Indian journal of veterinary science and animal husbandry - Volumes 26-27, 1956-1957
Year: 1956
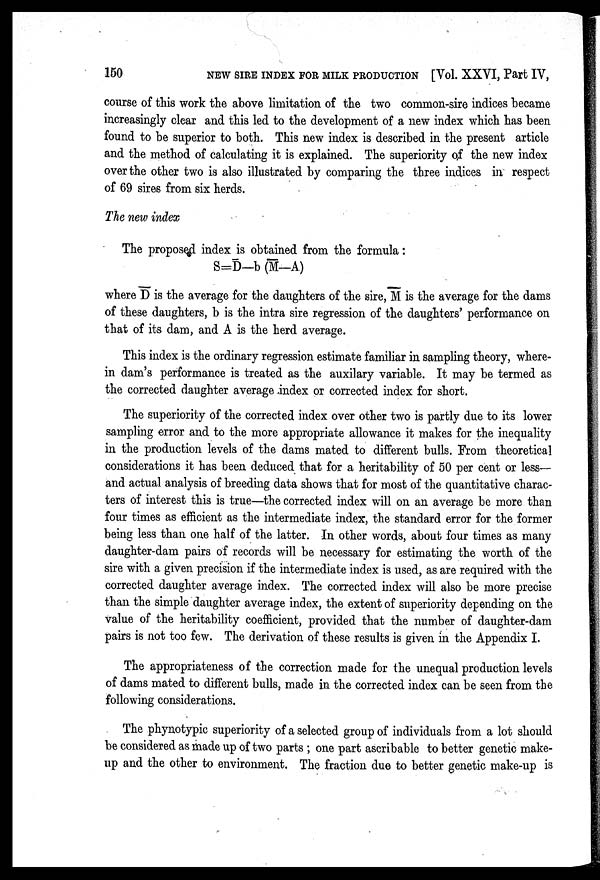
150 NEW SIRE INDEX FOR MILK PRODUCTION [Vol. XXVI, Part IV,
course of this work the above limitation of the two common-sire indices became
increasingly clear and this led to the development of a new index which has been
found to be superior to both. This new index is described in the present article
and the method of calculating it is explained. The superiority of the new index
over the other two is also illustrated by comparing the three indices in respect
of 69 sires from six herds.
The new index
The proposed index is obtained from the formula:
S=D—b (M—A)
where D is the average for the daughters of the sire, M is the average for the dams
of these daughters, b is the intra sire regression of the daughters' performance on
that of its dam, and A is the herd average.
This index is the ordinary regression estimate familiar in sampling theory, where-
in dam's performance is treated as the auxilary variable. It may be termed as
the corrected daughter average index or corrected index for short.
The superiority of the corrected index over other two is partly due to its lower
sampling error and to the more appropriate allowance it makes for the inequality
in the production levels of the dams mated to different bulls. From theoretical
considerations it has been deduced that for a heritability of 50 per cent or less—
and actual analysis of breeding data shows that for most of the quantitative charac-
ters of interest this is true—the corrected index will on an average be more than
four times as efficient as the intermediate index, the standard error for the former
being less than one half of the latter. In other words, about four times as many
daughter-dam pairs of records will be necessary for estimating the worth of the
sire with a given precision if the intermediate index is used, as are required with the
corrected daughter average index. The corrected index will also be more precise
than the simple daughter average index, the extent of superiority depending on the
value of the heritability coefficient, provided that the number of daughter-dam
pairs is not too few. The derivation of these results is given in the Appendix I.
The appropriateness of the correction made for the unequal production levels
of dams mated to different bulls, made in the corrected index can be seen from the
following considerations.
The phynotypic superiority of a selected group of individuals from a lot should
be considered as made up of two parts; one part ascribable to better genetic make-
up and the other to environment. The fraction due to better genetic make-up is